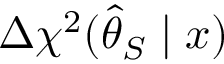
\Delta \chi ^ { 2 } ( \hat { \theta } _ { S } \mid x )